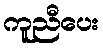
ကူညီပေး